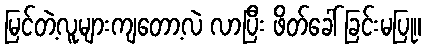
မြင်တဲ့လူများကျတော့လဲ လာပြီး ဖိတ်ခေါ် ခြင်းမပြု။